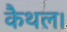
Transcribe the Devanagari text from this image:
कैथल।